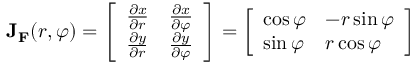
\mathbf { J } _ { \mathbf { F } } ( r , \varphi ) = { \left[ \begin{array} { l l } { { \frac { \partial x } { \partial r } } } & { { \frac { \partial x } { \partial \varphi } } } \\ { { \frac { \partial y } { \partial r } } } & { { \frac { \partial y } { \partial \varphi } } } \end{array} \right] } = { \left[ \begin{array} { l l } { \cos \varphi } & { - r \sin \varphi } \\ { \sin \varphi } & { r \cos \varphi } \end{array} \right] }